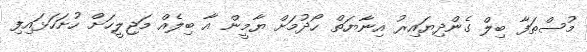
މުސްޠަފާ ބިލް ގެންދިޔައިރު އިނާޔަތް ހޯދުމަށް ޔާމީން އާ ބިލެއް މަޖިލީހަށް ހުށަހަޅައިފި